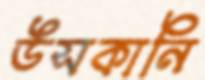
উসকানি